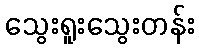
သွေးရူးသွေးတန်း